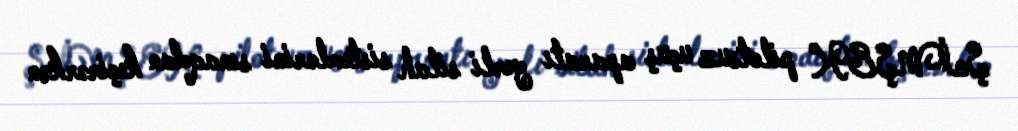
ŞİMŞEK pilotsuz uçuş aparatı yerli silah sistemlərini sınaqdan keçirərkən